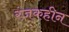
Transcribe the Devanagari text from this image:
रंजकहीन